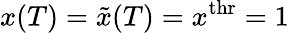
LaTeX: x(T)=\tilde{x}(T)=x^{\mathrm{thr}}=1